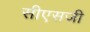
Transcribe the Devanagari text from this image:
सीएसजी